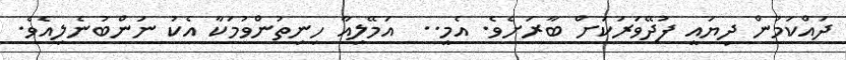
ދައްކަމުން ދިޔައީ ފުދޭވަރަކަށް ބާރަށެވެ. އެމީ..  އަމޭލިއާ ހިނިތުންވުމަކާ އެކު ނަންބުނެލިއެވެ.